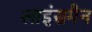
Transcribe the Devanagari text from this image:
लाइंसमैन